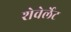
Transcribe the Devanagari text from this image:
शेवेर्लेट